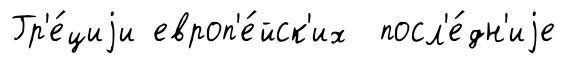
Гр'е́циjи европ'е́йск'их посл'е́дн'иjе